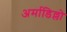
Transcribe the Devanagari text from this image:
अर्माडिल्लो